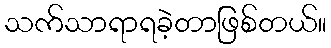
သက်သာရာရခဲ့တာဖြစ်တယ်။